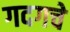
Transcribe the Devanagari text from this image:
गदगचे